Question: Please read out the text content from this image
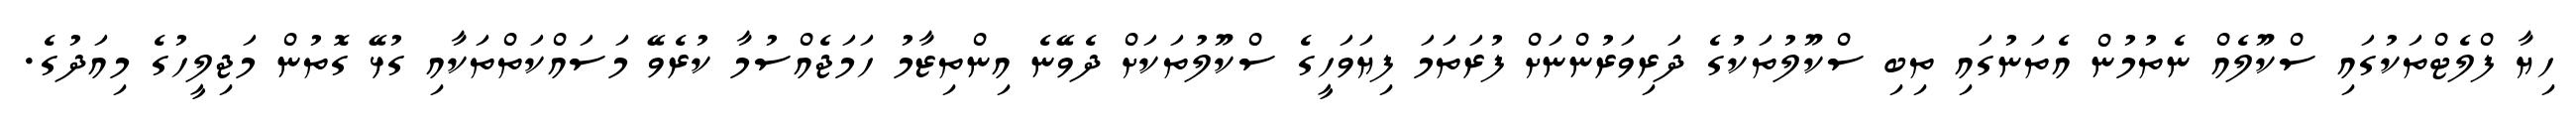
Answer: ހިޔާ ފްލެޓްތަކުގައި ސްކޫލެއް ނެތުމުން އެތަނުގައި ތިބި ސްކޫލުތަކުގެ ދަރިވަރުންނަށް ފުރަތަމަ ފިޔަވަހީގެ ސްކޫލުތަކަށް ދެވޭނެ އިންތިޒާމު ހަމަޖެއްސުމާ ކުރެވޭ މަސައްކަތްތަކާއި ގުޅޭ ގޮތުން މަޖިލީހުގެ މިއަދުގެ.